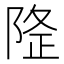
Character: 𨺛